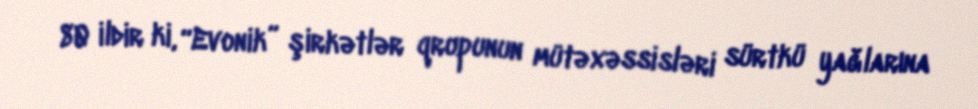
80 ildir ki, “Evonik” şirkətlər qrupunun mütəxəssisləri sürtkü yağlarına